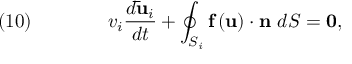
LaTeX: \quad ( 1 0 ) \qquad \qquad v _ { i } { \frac { d { \mathbf { \bar { u } } } _ { i } } { d t } } + \oint _ { S _ { i } } { \mathbf { f } } \left( { \mathbf { u } } \right) \cdot { \mathbf { n } } \ d S = { \mathbf { 0 } } ,